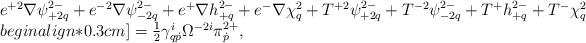
LaTeX: \begin{align*}\begin{array}{l}e^{+2}\nabla\psi^{2-}_{+2q}+e^{-2}\nabla\psi^{2-}_{-2q}+e^+\nabla h^{2-}_{+q}+e^-\nabla\chi^2_q+T^{+2}\psi^{2-}_{+2q}+T^{-2}\psi^{2-}_{-2q}+T^+h^{2-}_{+q}+T^-\chi^2_q\\begin{align*}0.3cm]=\frac12\gamma^i_{q\dot p}\Omega^{-2i}\pi^{2+}_{\dot p},\end{array}\end{align*}